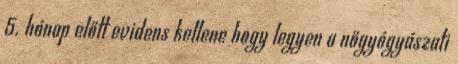
5. hónap előtt evidens kellene hogy legyen a nőgyógyászati